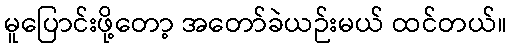
မူပြောင်းဖို့တော့ အတော်ခဲယဉ်းမယ် ထင်တယ်။